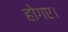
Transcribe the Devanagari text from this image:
होगए।